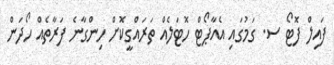
ފައިލް ފޮޓޯ ސ. ގަމުގައި އެއާޕޯޓް ހޮޓަލެއް ތަރައްގީކޮށް ހިންގާނެ ފަރާތެއް ހޯދަން